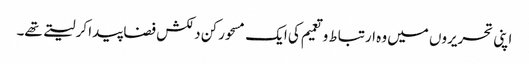
اپنی تحریروں میں وہ ارتباط و تعمیم کی ایک مسحور کن دلکش فضا پیدا کر لیتے تھے۔